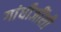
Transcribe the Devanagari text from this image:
गांधीजींशी